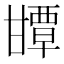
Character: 㽑